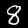
Label: 8